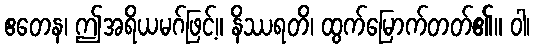
ဧတေန၊ ဤအရိယမဂ်ဖြင့်။ နိဿရတိ၊ ထွက်မြောက်တတ်၏။ ဝါ၊